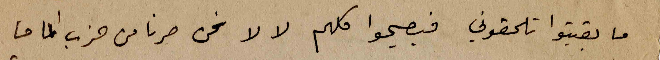
ما بقيتوا تلحقوني فيصيحوا كلهم لا لا نحن صرنا من حزب الماما